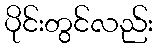
ပိုင်းတွင်လည်း